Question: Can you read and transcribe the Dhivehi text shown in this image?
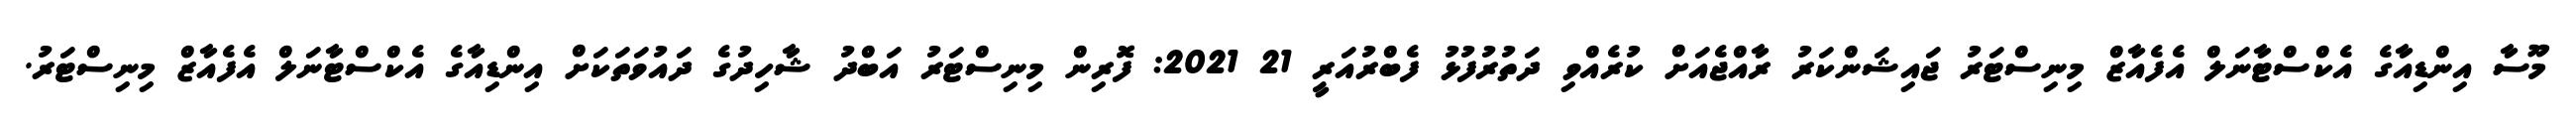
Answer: މޫސާ އިންޑިއާގެ އެކްސްޓާނަލް އެފެއާޒް މިނިސްޓަރު ޖައިޝަންކަރު ރާއްޖެއަށް ކުރެއްވި ދަތުރުފުޅު ފެބްރުއަރީ 21 2021: ފޮރިން މިނިސްޓަރު އަބްދު ޝާހިދުގެ ދައުވަތަކަށް އިންޑިއާގެ އެކްސްޓާނަލް އެފެއާޒް މިނިސްޓަރު.